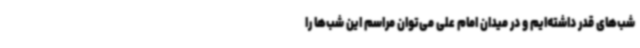
شب‌های قدر داشته‌ایم و در میدان امام علی می‌توان مراسم این شب‌ها را